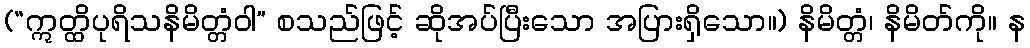
(“ဣတ္ထိပုရိသနိမိတ္တံဝါ” စသည်ဖြင့် ဆိုအပ်ပြီးသော အပြားရှိသော။) နိမိတ္တံ၊ နိမိတ်ကို။ န